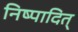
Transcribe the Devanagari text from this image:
निष्पादित्